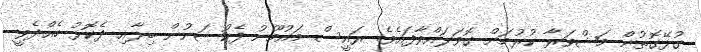
ގުޅޭގޮތުން މަޝްވަރާ ކުރުމަށް ގޮވަލައްވާފައެވެ. ރައީސް މައުމޫނު ފެކްޝަނުން ބިލާއި ދެކޮޅު ހެއްދެވީ